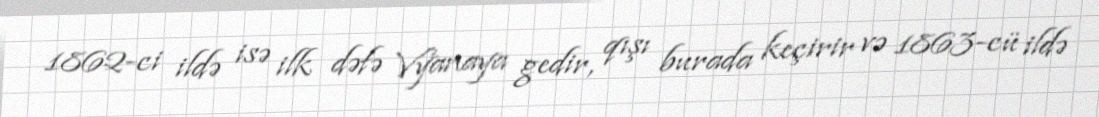
1862-ci ildə isə ilk dəfə Vyanaya gedir, qışı burada keçirir və 1863-cü ildə